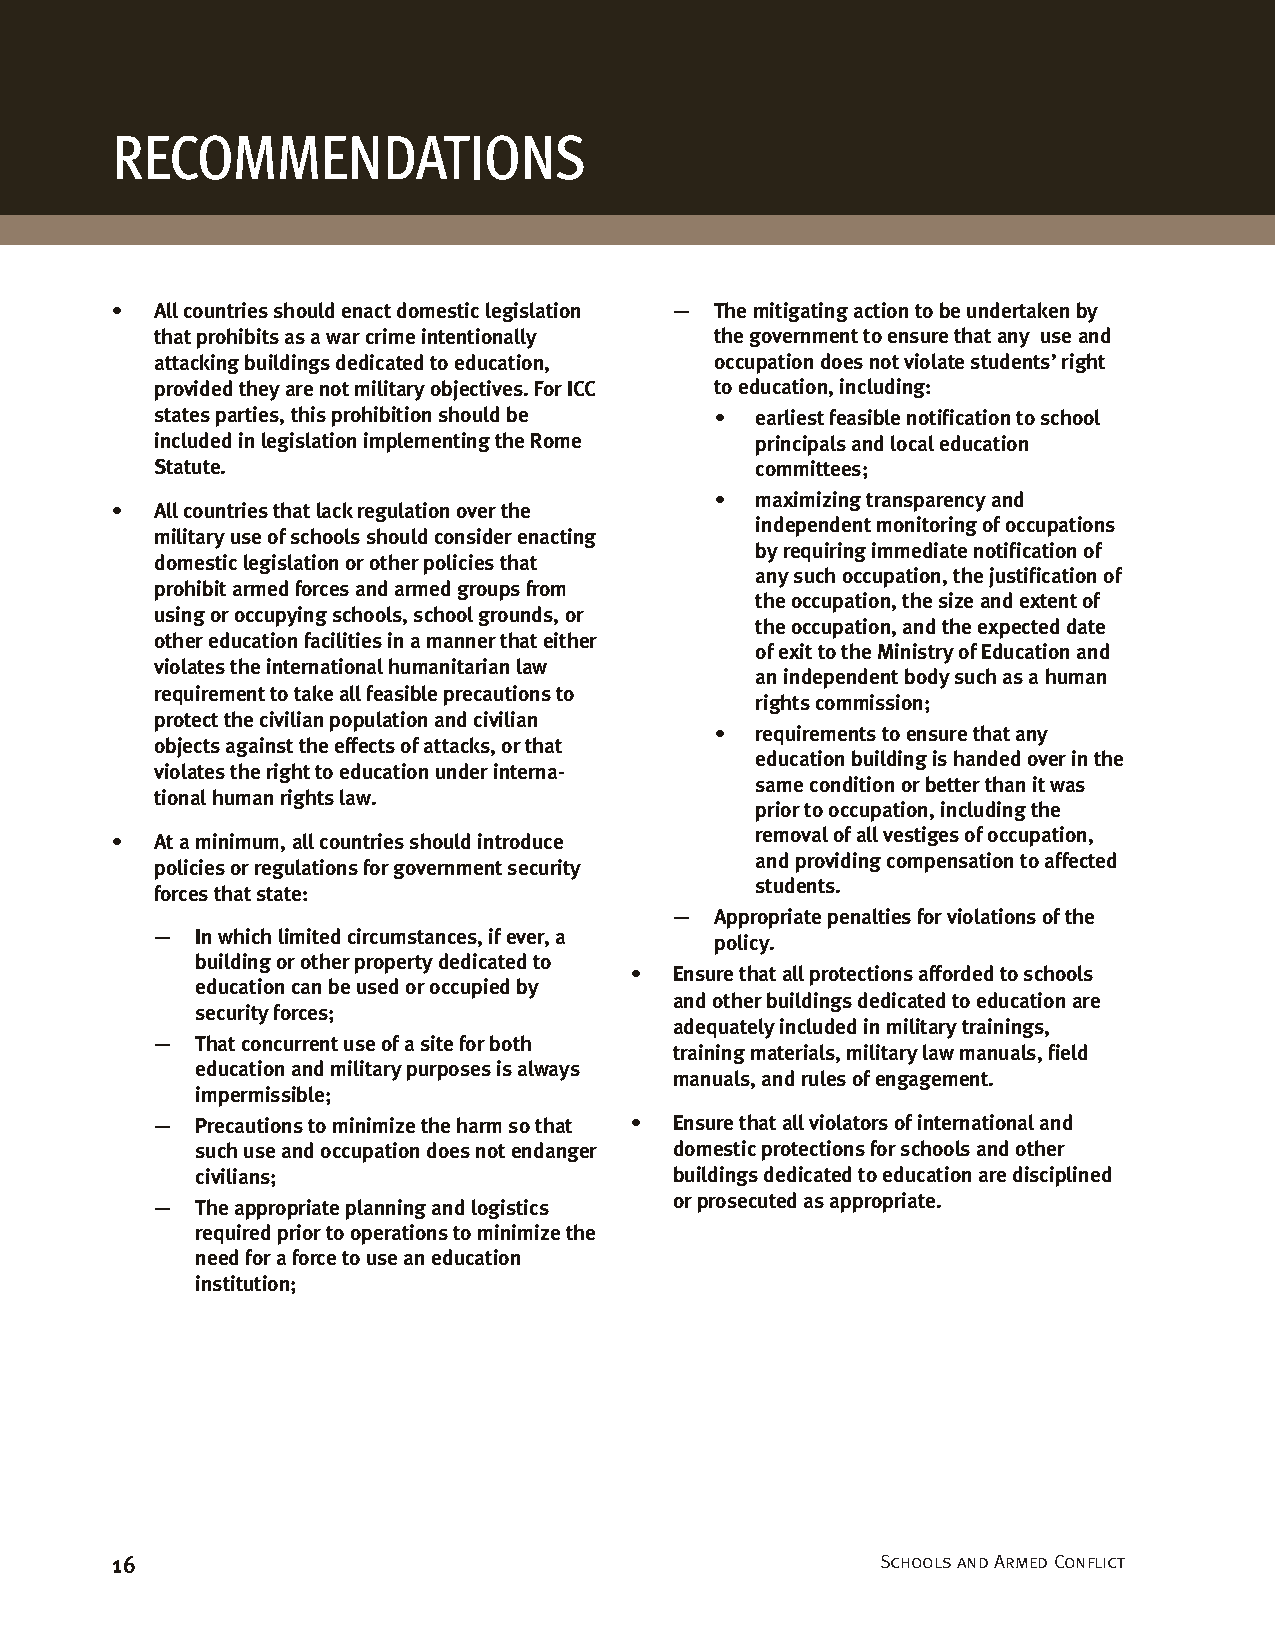
RECOMMENDATIONS
 •  All countries should enact domestic legislation — The mitigating action to be undertaken by
 that prohibits as a war crime intentionally the government to ensure that any use and
 attacking buildings dedicated to education, occupation does not violate students’ right
 provided they are not military objectives. For ICC to education, including:
 states parties, this prohibition should be • earliest feasible notification to school
 included in legislation implementing the Rome principals and local education
 Statute.                                committees;
 •  maximizing transparency and
 •  All countries that lack regulation over the
 independent monitoring of occupations
 military use of schools should consider enacting
 by requiring immediate notification of
 domestic legislation or other policies that
 any such occupation, the justification of
 prohibit armed forces and armed groups from
 the occupation, the size and extent of
 using or occupying schools, school grounds, or
 the occupation, and the expected date
 other education facilities in a manner that either
 of exit to the Ministry of Education and
 violates the international humanitarian law
 an independent body such as a human
 requirement to take all feasible precautions to
 rights commission;
 protect the civilian population and civilian
 •  requirements to ensure that any
 objects against the effects of attacks, or that
 education building is handed over in the
 violates the right to education under interna-
 same condition or better than it was
 tional human rights law.
 prior to occupation, including the
 removal of all vestiges of occupation,
 •  At a minimum, all countries should introduce
 and providing compensation to affected
 policies or regulations for government security
 students.
 forces that state:
 — Appropriate penalties for violations of the
 —  In which limited circumstances, if ever, a policy.
 building or other property dedicated to
 •  Ensure that all protections afforded to schools
 education can be used or occupied by
 and other buildings dedicated to education are
 security forces;
 adequately included in military trainings,
 —  That concurrent use of a site for both
 training materials, military law manuals, field
 education and military purposes is always
 manuals, and rules of engagement.
 impermissible;
 —  Precautions to minimize the harm so that • Ensure that all violators of international and
 such use and occupation does not endanger domestic protections for schools and other
 civilians;                      buildings dedicated to education are disciplined
 or prosecuted as appropriate.
 —  The appropriate planning and logistics
 required prior to operations to minimize the
 need for a force to use an education
 institution;
 16                                                 Schools and Armed Conflict